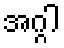
အဂ္ဂါ